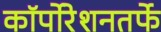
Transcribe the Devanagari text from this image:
कॉर्पोरेशनतर्फे